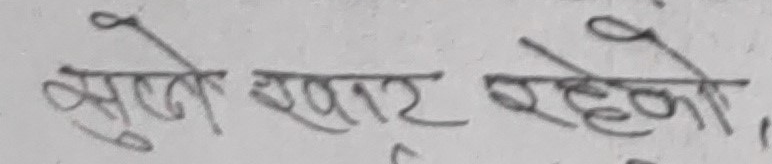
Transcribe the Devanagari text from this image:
सुले सपार रहेको ।